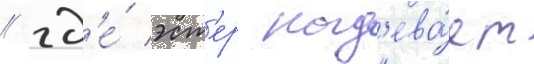
/ гд'е́ эст'ер над'ева́ет